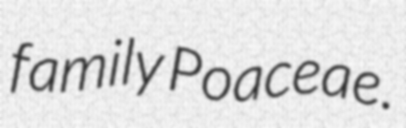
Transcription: family Poaceae.